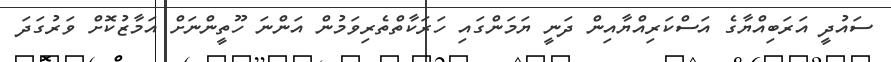
ސައުދީ އަރަބިއްޔާގެ އަސްކަރިއްޔާއިން ދަނީ ޔަމަންގައި ހަރަކާތްތެރިވަމުން އަންނަ ހޫތީންނަށް އަމާޒުކޮށް ވަރުގަދަ